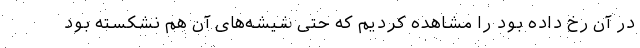
در آن رخ داده بود را مشاهده کردیم که حتی شیشه‌های آن هم نشکسته بود